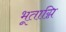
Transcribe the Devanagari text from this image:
भूताग्नि